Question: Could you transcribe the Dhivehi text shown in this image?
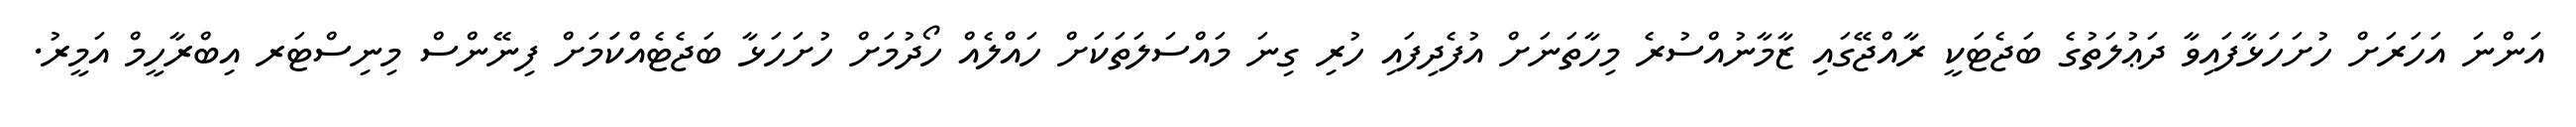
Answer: އަންނަ އަހަރަށް ހުށަހަޅާފައިވާ ދަޢުލަތުގެ ބަޖެޓަކީ ރާއްޖޭގައި ޒާމާނުއްސުރެ މިހާތަނަށް އުފެދިފައި ހުރި ގިނަ މައްސަލަތަކަށް ހައްލެއް ހޯދުމަށް ހުށަހަޅާ ބަޖެޓެއްކަަމަށް ފިނޭންސް މިނިސްޓަރ އިބްރާހީމް އަމީރު.